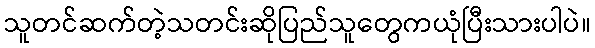
သူတင်ဆက်တဲ့သတင်းဆိုပြည်သူတွေကယုံပြီးသားပါပဲ။